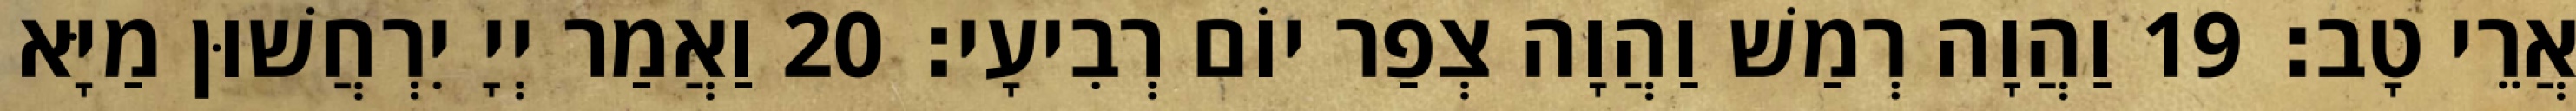
אֲרֵי טָב׃ 19 וַהֲוָה רְמַשׁ וַהֲוָה צְפַר יוֹם רְבִיעָי׃ 20 וַאֲמַר יְיָ יִרְחֲשׁוּן מַיָּא